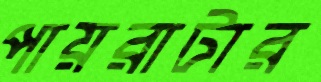
পায়রাটার